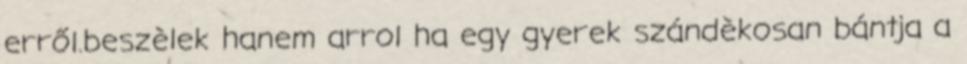
erről.beszèlek hanem arrol ha egy gyerek szándèkosan bántja a